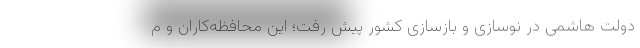
دولت هاشمی در نوسازی و بازسازی کشور پیش رفت؛ این محافظه‌کاران و م